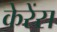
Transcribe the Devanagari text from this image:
केरेंस